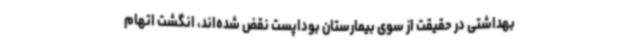
بهداشتی در حقیقت از سوی بیمارستان بوداپست نقض شده‌اند، انگشت اتهام